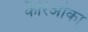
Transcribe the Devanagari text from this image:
कैरिओका